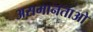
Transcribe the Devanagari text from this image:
असमानताओ